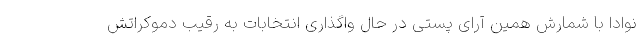
نوادا با شمارش همین آرای پستی در حال واگذاری انتخابات به رقیب دموکراتش